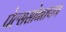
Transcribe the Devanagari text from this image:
पेल्ससोबतपण